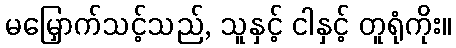
မမြှောက်သင့်သည်, သူနှင့် ငါနှင့် တူရုံကိုး။